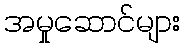
အမှုဆောင်များ